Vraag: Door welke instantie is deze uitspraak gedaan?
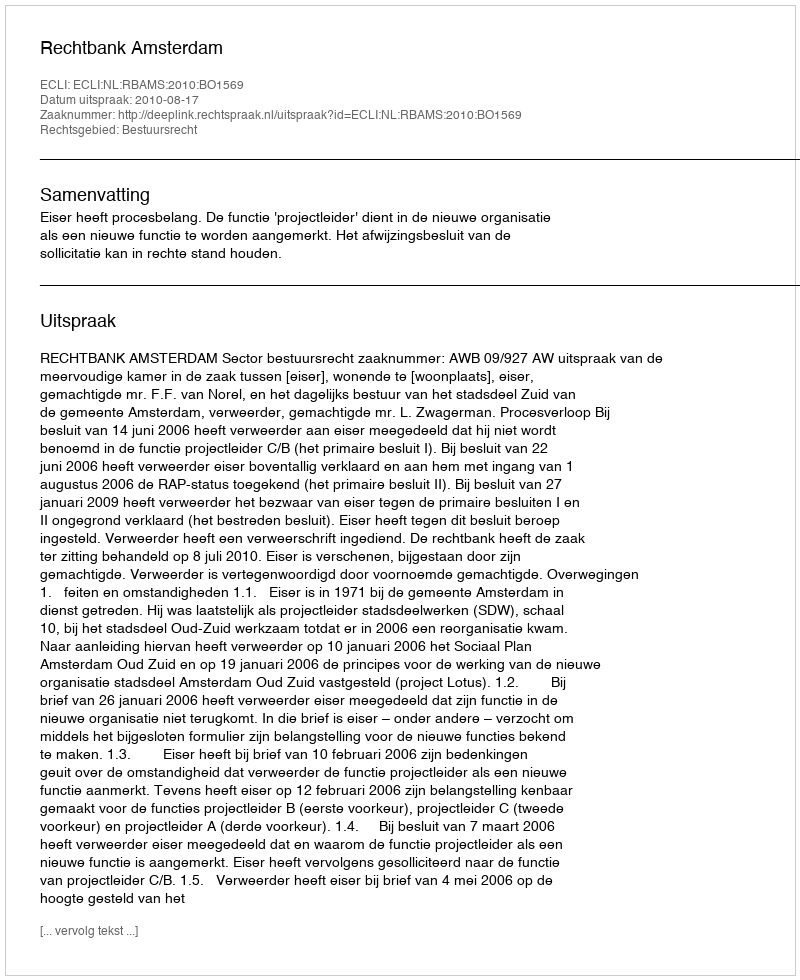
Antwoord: Rechtbank Amsterdam